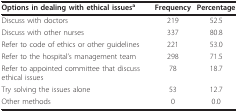
<table><thead><tr><td><b>Options in dealing with ethical issues<sup>a</sup></b></td><td><b>Frequency</b></td><td><b>Percentage</b></td></tr></thead><tbody><tr><td>Discuss with doctors</td><td>219</td><td>52.5</td></tr><tr><td>Discuss with other nurses</td><td>337</td><td>80.8</td></tr><tr><td>Refer to code of ethics or other guidelines</td><td>221</td><td>53.0</td></tr><tr><td>Refer to the hospital&#x27;s management team</td><td>298</td><td>71.5</td></tr><tr><td>Refer to appointed committee that discuss ethical issues</td><td>78</td><td>18.7</td></tr><tr><td>Try solving the issues alone</td><td>53</td><td>12.7</td></tr><tr><td>Other methods</td><td>0</td><td>0.0</td></tr></tbody></table>